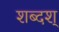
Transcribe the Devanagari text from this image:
शब्दश्